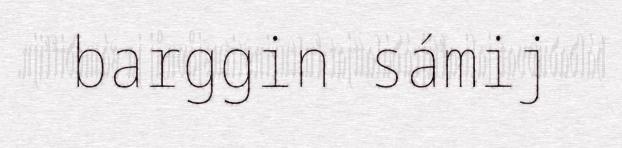
barggin sámij